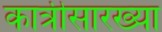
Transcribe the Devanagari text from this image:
कात्रीसारख्या